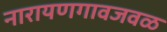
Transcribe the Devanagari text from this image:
नारायणगावजवळ